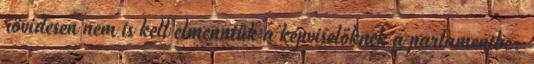
rövidesen nem is kell elmenniük a képviselőknek a parlamentbe.